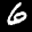
Label: 6